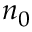
n _ { 0 }